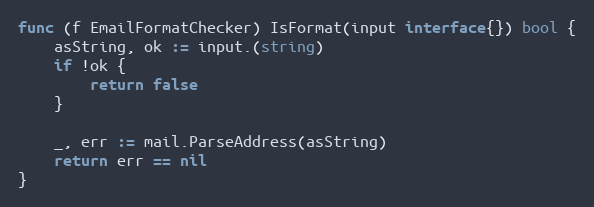
Language: Go
func (f EmailFormatChecker) IsFormat(input interface{}) bool {
	asString, ok := input.(string)
	if !ok {
		return false
	}

	_, err := mail.ParseAddress(asString)
	return err == nil
}